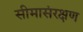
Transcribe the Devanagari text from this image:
सीमासंरक्षण